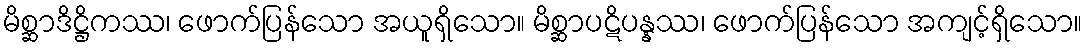
မိစ္ဆာဒိဋ္ဌိကဿ၊ ဖောက်ပြန်သော အယူရှိသော။ မိစ္ဆာပဋိပန္နဿ၊ ဖောက်ပြန်သော အကျင့်ရှိသော။